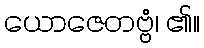
ယောဇေတဗ္ဗံ၊ ၏။